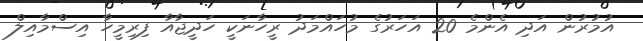
އުމުރުން އަދި އެންމެ 20 އަހަރުގެ މުހައްމަދު ރީހާނަކީ ހަދީޖާއާ ފިރިމީހާ އިސްމާއިލް